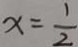
x = \frac { 1 } { 2 }